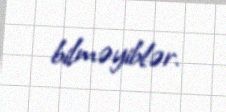
bilməyiblər.